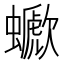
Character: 𧓗